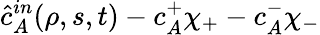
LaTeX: \hat{c}_{A}^{in}(\rho,s,t)-c_{A}^{+}\chi_{+}-c_{A}^{-}\chi_{-}